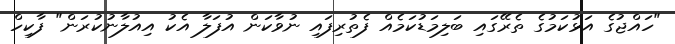
"ހައްޖުގެ އަޅުކަމުގެ ތެރޭގައި ބަލިމަޑުކަމެއް ފެތުރިފައި ނުވާކަން އުފަލާ އެކު އިއުލާނުކުރަން" ފާކިހް